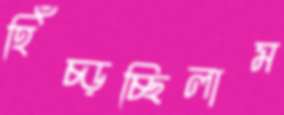
হিঁচ্‌ড়চ্ছিলাম